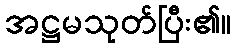
အဋ္ဌမသုတ်ပြီး၏။